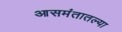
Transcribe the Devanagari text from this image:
आसमंतातल्या